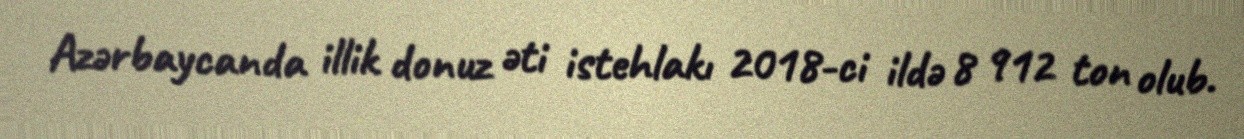
Azərbaycanda illik donuz əti istehlakı 2018-ci ildə 8 912 ton olub.